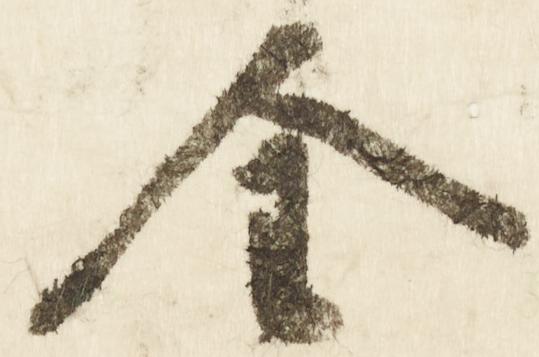
全